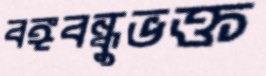
বঙ্গবন্ধুভক্ত